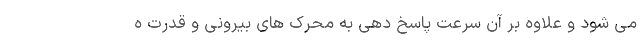
می ‌شود و علاوه بر آن سرعت پاسخ‌ دهی به محرک ‌های بیرونی و قدرت ه